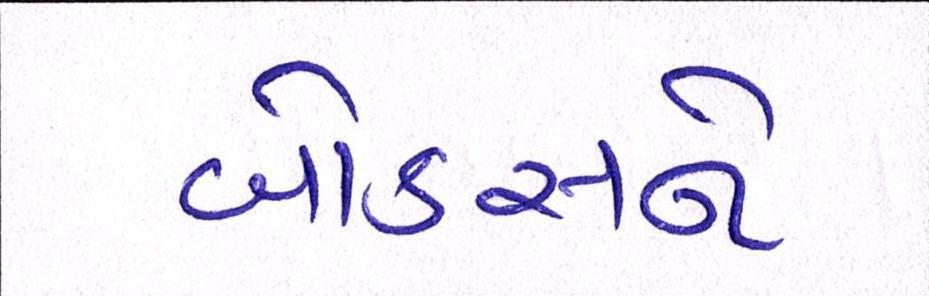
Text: બોક્સને